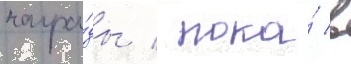
награ́ды / пока́ в